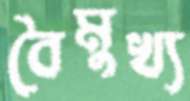
বৈমুখ্য